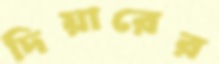
দিয়ারের